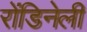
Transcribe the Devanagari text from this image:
रोंडिनेली